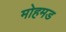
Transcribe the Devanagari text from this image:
मोहमड